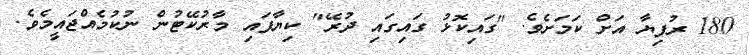
180 ރުފިޔާ އަށް ކަމަށެވެ. "ގައިކޮޅު ގައިގައި ދުރޭ" ކިޔާފައި މާރުކޭޓުން ނުކުމެއްޖައީމެވެ.